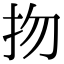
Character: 𢪱